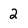
Character: 2